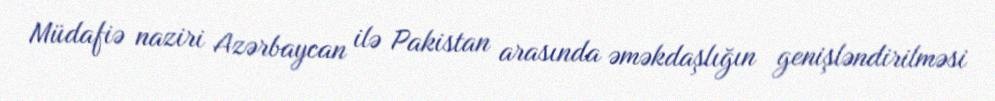
Müdafiə naziri Azərbaycan ilə Pakistan arasında əməkdaşlığın genişləndirilməsi